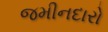
જમીનદારો